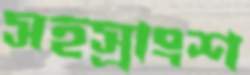
সহস্রাংশ